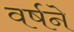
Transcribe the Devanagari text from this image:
वर्षने